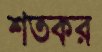
শতকর